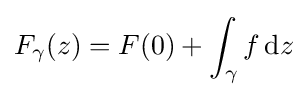
F_{\gamma }(z)=F(0)+\int _{\gamma }f\,\mathrm {d} z